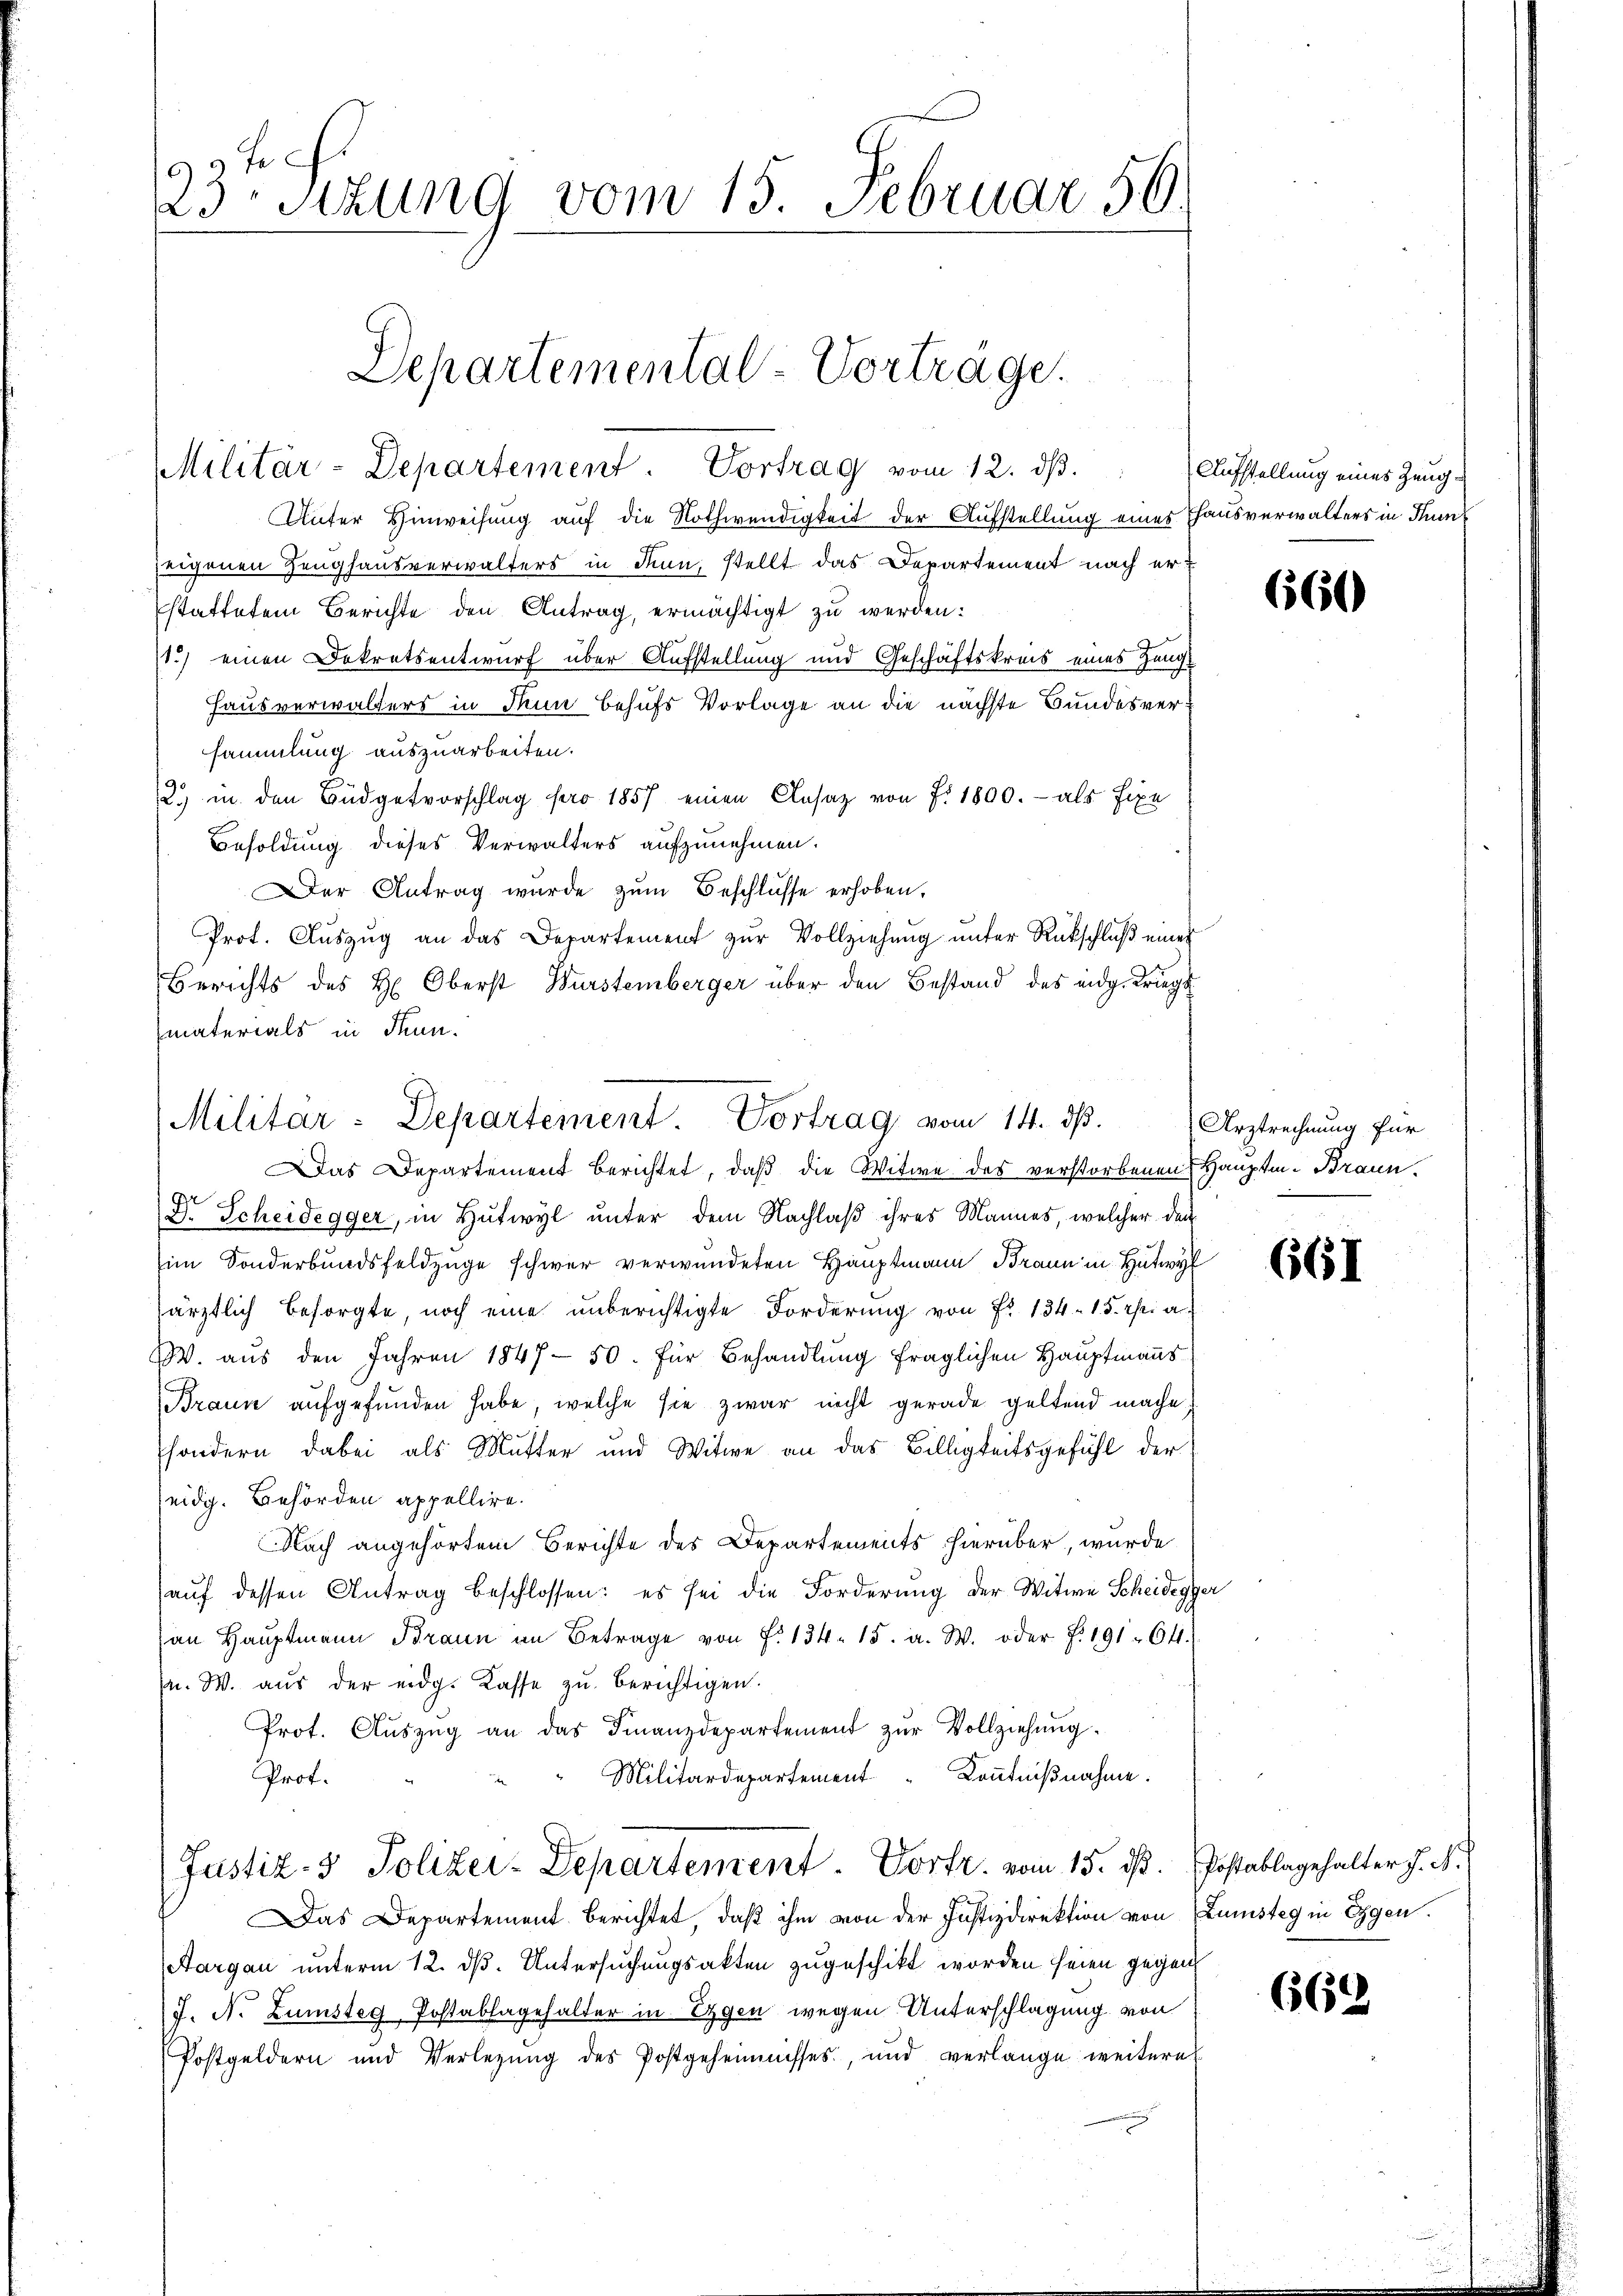
99 f.
23 Stzung vom 15. Februar 50.

Departemental-Vorträge.
Militär-Departement. Vortrag vom 12. dβ. Aufstellung eines Zeug-

Unter Hinweisung auf die Nothwendigkeit der Aufstellung eines Thausverwalters in Tunz
zeigenen Zeughausverwalters in Sinn, stellt das Departement nach erstattetem Berichte den Antrag, ermächtigt zu werden:
1.) einen Dekretsentwurf über Aufstellung und Geschäftskreis eines Zeug¬
Hausverwalters in dann behufs Vorlage an die nächste Bundesversammlung auszuarbeiten.
2. in den Büdgetvorschlag pro 1857 einen Clasaz von f. 1800. - als Eige
Besoldung dieses Verwalters aufzunehmen.
Der Antrag wurde zŭm Beschlüsse erhoben,
Prot. Aŭszŭg an das Departement zŭr Vollziehŭng ŭnter Rückschlŭβ einer
Berichts des H. Oberst Wurstemberger über den Bestand des eidg. Kriegs
materials in Thun.

Militar-Departement. Vortrag vom 14. ds.

Das Departement berichtet, daß die Witwe des verstorbenen Hauptm. Braun
Dr. Scheidegger, in Hutwyl unter dem Nachlaß ihres Mannes, welcher den
im Sonderbundsfeldzüge schwer verwendeten Hauptmann Braun in Hutwyl
särztlich besorgte, noch eine unberichtigte Forderŭng von Fr. 134. 15. Uri a.
W. aŭs den Jahren 1847 - 50. für Behandlŭng fraglichen Haŭptmanns
Braun aufgefunden habe, welche sie zwar nicht gerade geltend mache,
sondern dabei als Mutter und Witwe an das Billigkeitsgefühl der
eidg. Behörden appellire.
Nach angehörtem Berichte des Departements hierüber, wurde
aŭf dessen Antrag beschlossen: es sei die Forderung der Witwe Scheidegger
an Haŭptmann Braun an Betrage von f. 134. 15. a. W. oder f. 191. 641.
a. W. aus der eidg. Kasse zu berichtigen.
Prot. Aŭszŭg an das Finanzdepartemend zŭr Vollziehŭng.
Militärdepartement Kenntnißnahme.
Prof.
Justiz- & Polizei-Departement. Vortr. vom 15. dß. Postablagehalter J. A.
Das Departement berichtet, daß ihm von der Justizdirektion von Kunsteg in Eggen.
Aargau unterm 12. dß. Untersuchungsakten zugeschikt worden seien gegen
J. N. Zumstag Postablagehalter in Ergen wegen Unterschlagung von
Postgeldern und Verlegŭng des Postgeheimnisses, und verlange weitere

666

Arztrechnung für

661

656